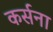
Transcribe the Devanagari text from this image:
कर्सना